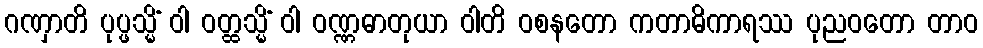
ဂဏှာတိ ပုပ္ဖသ္မိံ ဝါ ဝတ္ထသ္မိံ ဝါ ဝဏ္ဏဓာတုယာ ဝါတိ ဝစနတော ကတာဓိကာရဿ ပုညဝတော တာဝ